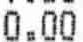
0.00